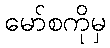
မော်စကိုမှ